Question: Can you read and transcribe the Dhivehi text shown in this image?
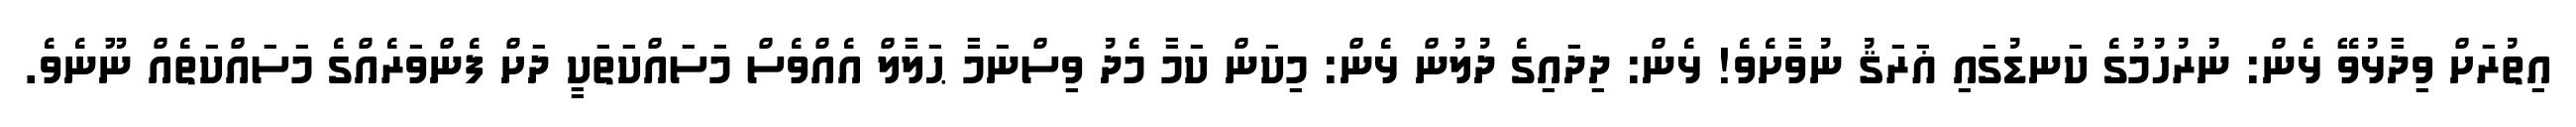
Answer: އިތުރަށް ވިދާޅުވޭ ޅެން: ނުރުހުމުގެ ކަނޑުގައި ޣަރަޤު ނުވާށެވެ! ޅެން: ދިދައިގެ ދުލުން ޅެން: މިކަން ކަމާ މެދު ވިސްނަމާ ޙަލާލް އެއްވެސް މަސައްކަތަކީ ދަށް ފެންވަރެއްގެ މަސައްކަތެއް ނޫނެވެ.